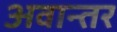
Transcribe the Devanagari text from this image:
अवान्‍तर